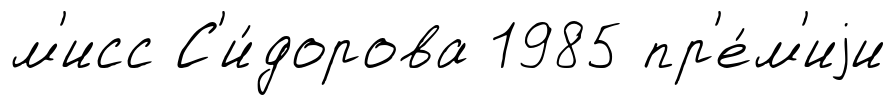
м'исс С'и́дорова 1985 пр'е́м'иjи